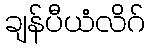
ချန်ပီယံလိဂ်